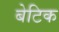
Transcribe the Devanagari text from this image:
बेटिक